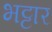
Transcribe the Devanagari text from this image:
भट्टार